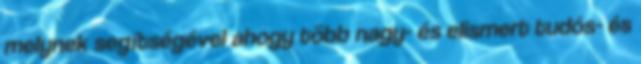
melynek segítségével ahogy több nagy- és elismert tudós- és